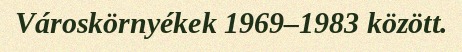
Városkörnyékek 1969–1983 között.